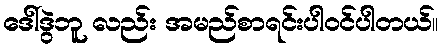
ဒေါ်ဒွဲဘူ လည်း အမည်စာရင်းပါဝင်ပါတယ်။